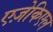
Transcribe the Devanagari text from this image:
एज़ेकिएल